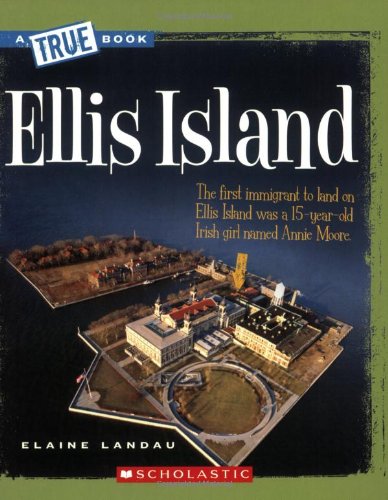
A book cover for Ellis Island (True Books); Elaine Landau; Children's Books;